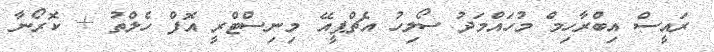
ރައީސް އިބްރާހިމް މުހައްމަދު ސޯލިހު އެޗްޕީއޭ މިނިސްޓްރީ އޮފް ހެލްތު + ކޮރޯނާ